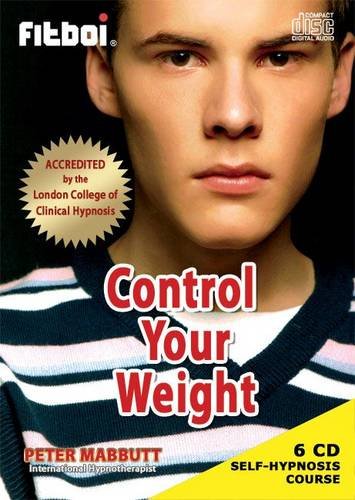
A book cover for Fitboi - Control Your Weight; Peter Mabbutt; Health, Fitness & Dieting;